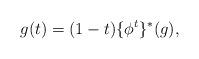
LaTeX: \begin{align*}g(t)=(1-t)\{\phi^t\}^*(g),\end{align*}